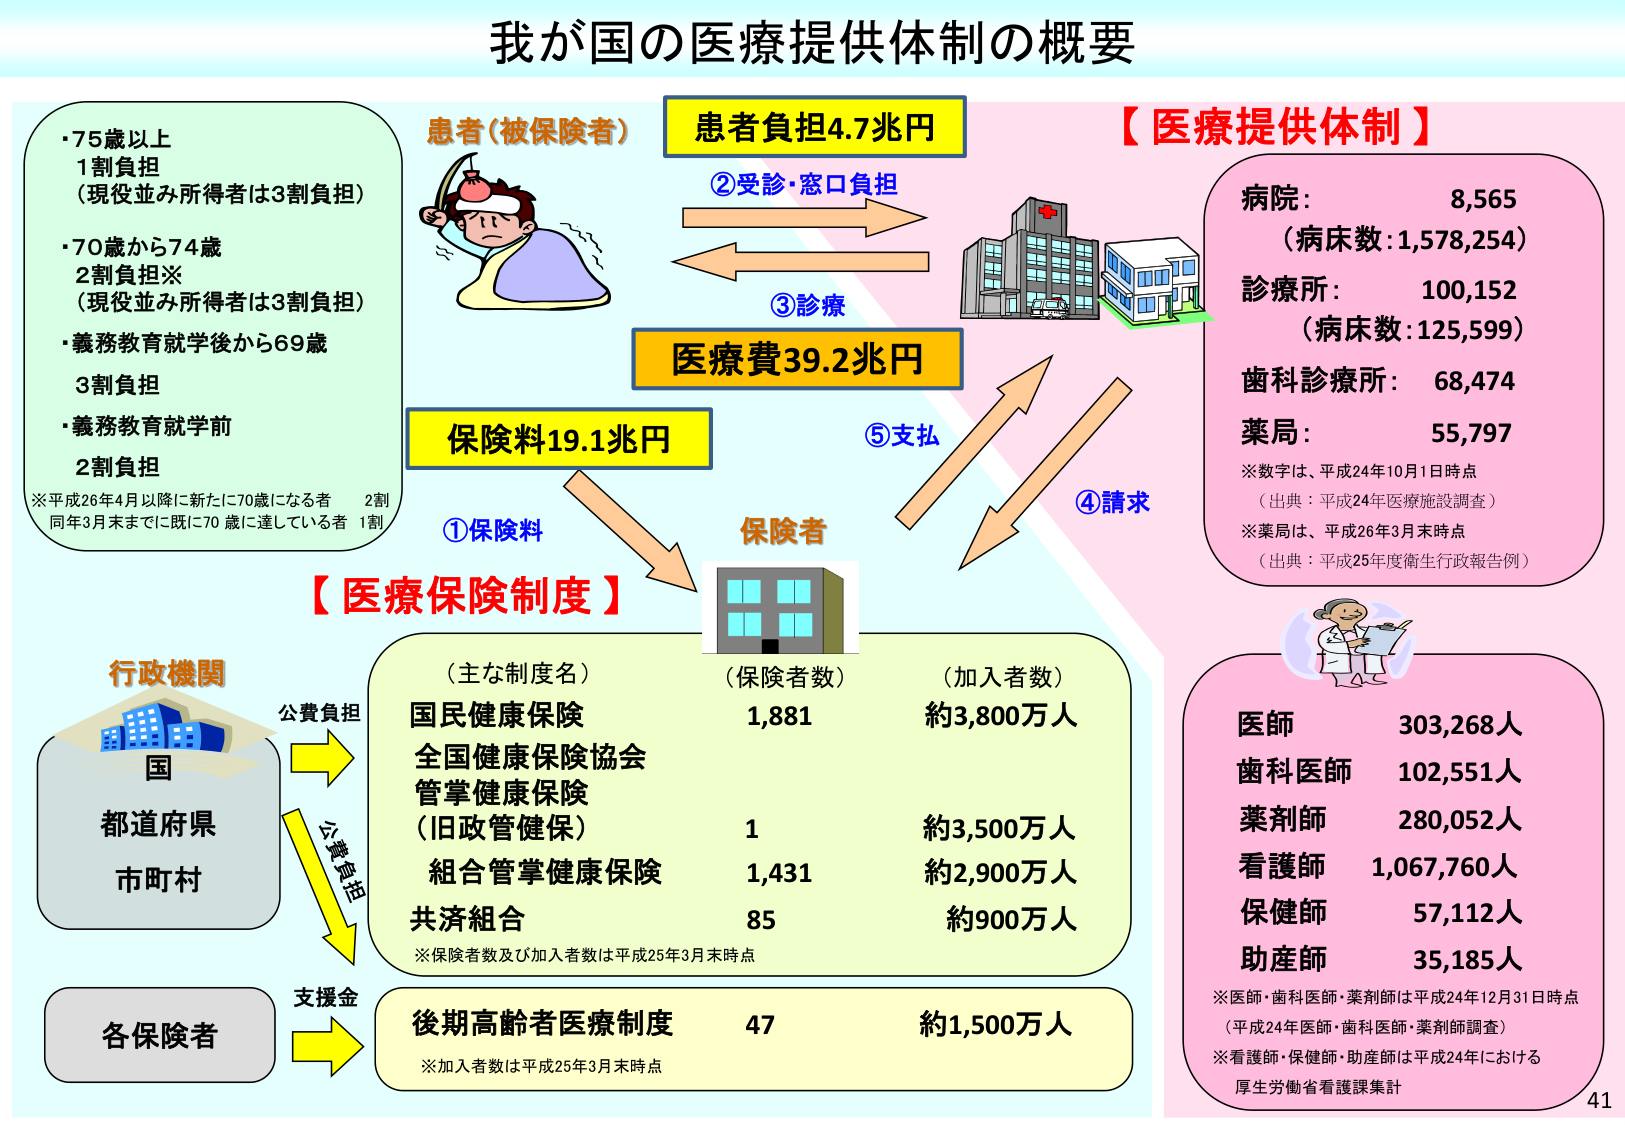
我が国の医療提供体制の概要

【医療提供体制】

病院： 8,565
（病床数：1,578,254）
診療所： 100,152
（病床数：125,599）
歯科診療所： 68,474
薬局： 55,797

※数字は、平成24年10月1日時点
（出典：平成24年医療施設調査）
※薬局は、平成26年3月末時点
（出典：平成25年度衛生行政報告例）

医師 303,268人
歯科医師 102,551人
薬剤師 280,052人
看護師 1,067,760人
保健師 57,112人
助産師 35,185人

※医師・歯科医師・薬剤師は平成24年12月31日時点
（平成24年医師・歯科医師・薬剤師調査）
※看護師・保健師・助産師は平成24年における
厚生労働省看護課集計

患者（被保険者）
患者負担4.7兆円
②受診・窓口負担
③診療
医療費39.2兆円
⑤支払
④請求
保険料19.1兆円
①保険料
保険者

【医療保険制度】

（主な制度名） （保険者数） （加入者数）
国民健康保険 1,881 約3,800万人
全国健康保険協会
管掌健康保険
（旧政管健保） 1 約3,500万人
組合管掌健康保険 1,431 約2,900万人
共済組合 85 約900万人

※保険者数及び加入者数は平成25年3月末時点

後期高齢者医療制度 47 約1,500万人
※加入者数は平成25年3月末時点

行政機関
国
都道府県
市町村
公費負担
公費負担
支援金
各保険者

・75歳以上
1割負担
（現役並み所得者は3割負担）
・70歳から74歳
2割負担※
（現役並み所得者は3割負担）
・義務教育就学後から69歳
3割負担
・義務教育就学前
2割負担

※平成26年4月以降に新たに70歳になる者 2割
同年3月末までに既に70歳に達している者 1割

41